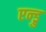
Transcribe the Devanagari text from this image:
एन्ड्रु